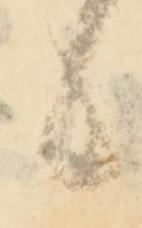
候